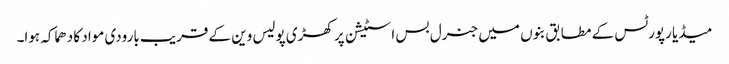
میڈیا رپورٹس کے مطابق بنوں میں جنرل بس اسٹیشن پر کھڑی پولیس وین کے قریب بارودی مواد کا دھماکہ ہوا۔